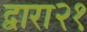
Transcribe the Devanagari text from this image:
द्वारा२१